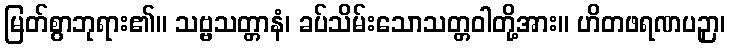
မြတ်စွာဘုရား၏။ သဗ္ဗသတ္တာနံ၊ ခပ်သိမ်းသောသတ္တဝါတို့အား။ ဟိတဖရဏပဉှာ၊